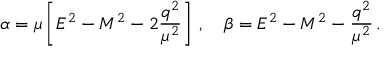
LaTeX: \alpha = \mu \left[ E ^ { 2 } - M ^ { 2 } - 2 \frac { q ^ { 2 } } { \mu ^ { 2 } } \right] \, , \quad \beta = E ^ { 2 } - M ^ { 2 } - \frac { q ^ { 2 } } { \mu ^ { 2 } } \, .